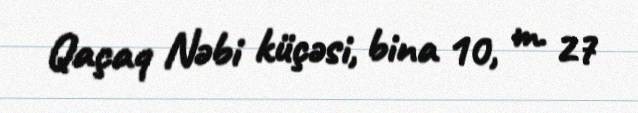
Qaçaq Nəbi küçəsi, bina 10, m. 27